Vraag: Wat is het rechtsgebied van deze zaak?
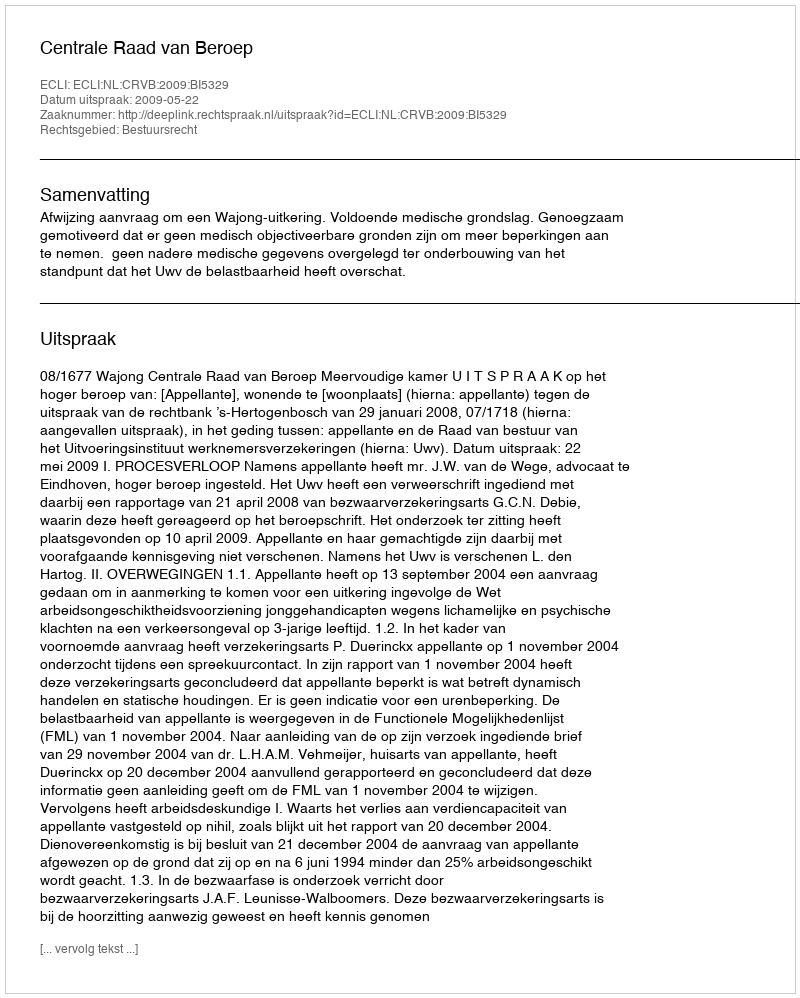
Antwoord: Bestuursrecht